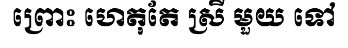
ព្រោះ ហេតុតែ ស្រី មួយ ទៅ